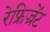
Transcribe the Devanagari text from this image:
रेफ्रिज्रेंट